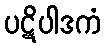
ပဋိပါဒကံ